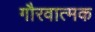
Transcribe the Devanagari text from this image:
गौरवात्मक